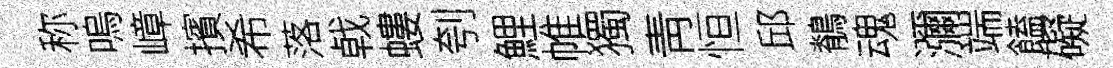
称嗚嶂擯希落㦸螻刳鯉帷獨靑恒邱鶺魂瀰端饁礙